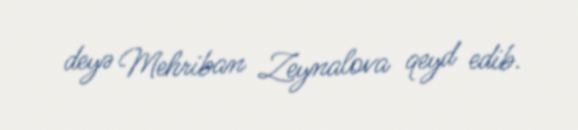
deyə Mehriban Zeynalova qeyd edib.